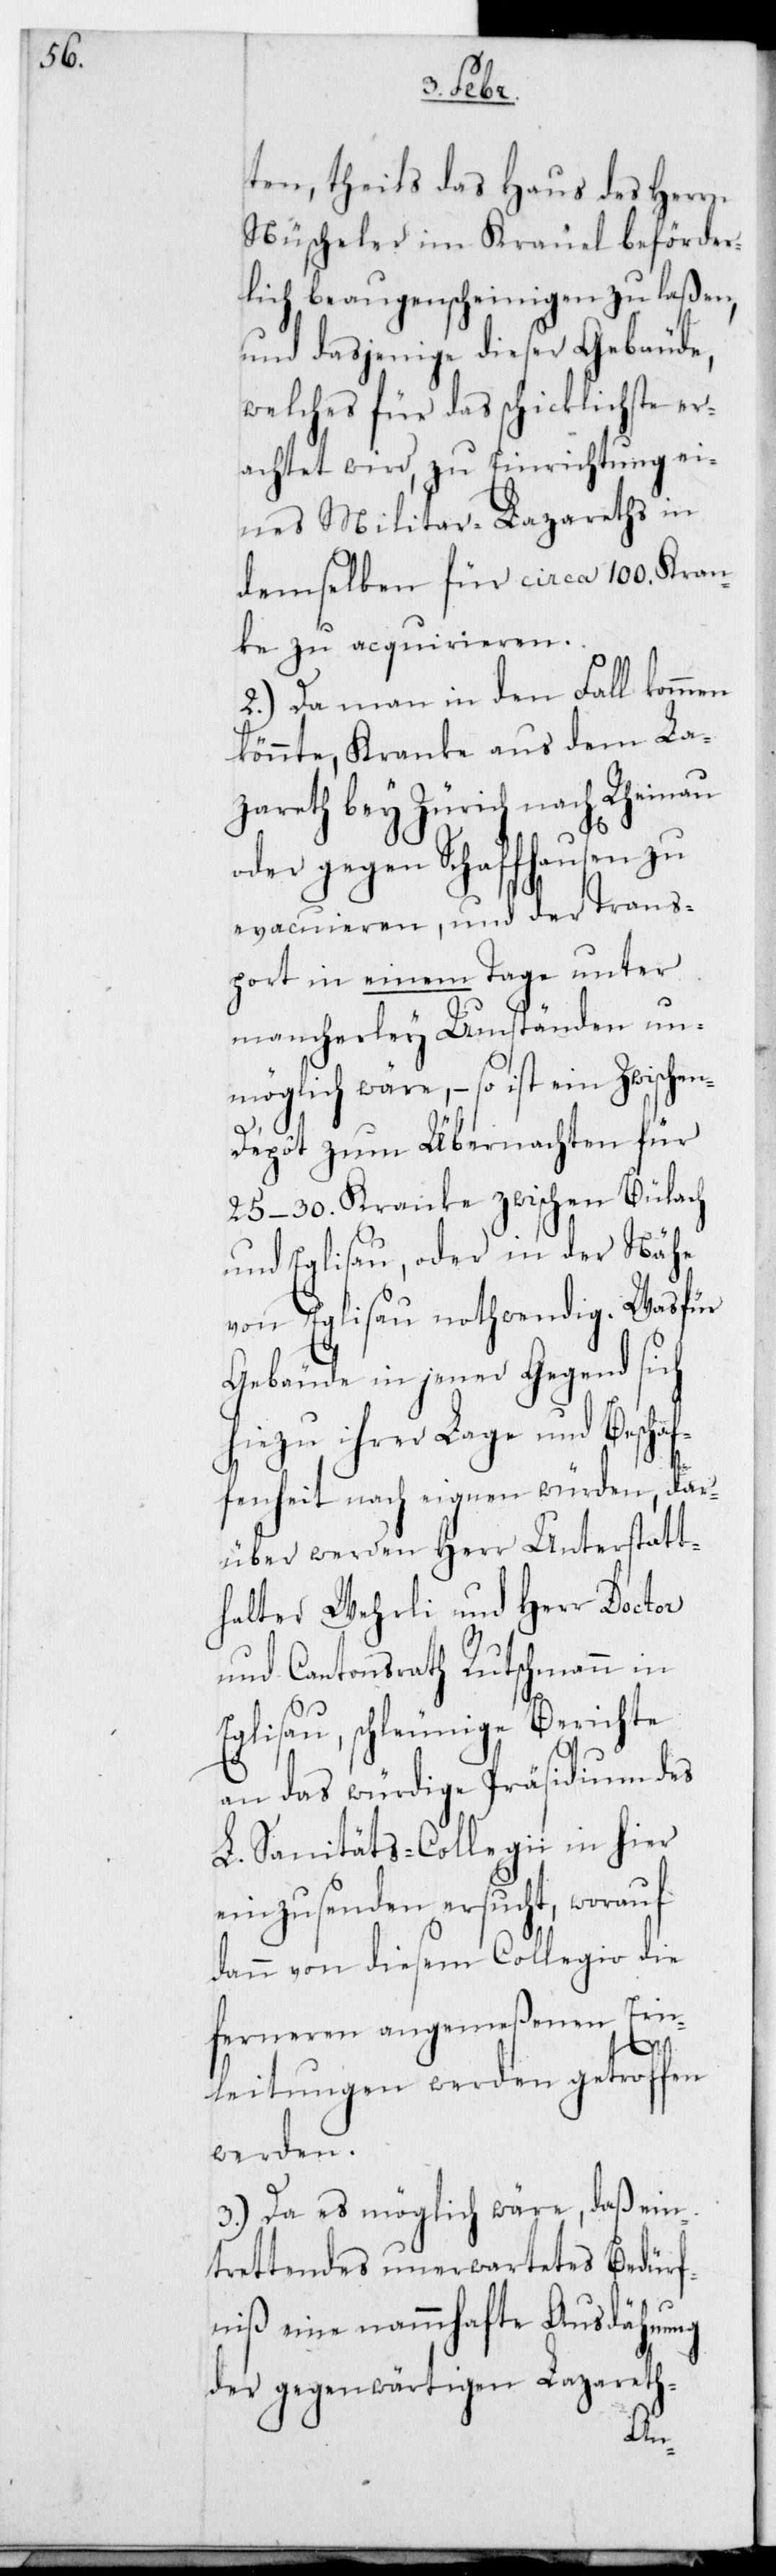
ten, theils das Haus des Herrn
Nüscheler im Kräuel beförder¬
lich beaugenscheinigen zu laßen,
und dasjenige dieser Gebäude,
welches für das schicklichste er¬
achtet wird, zu Einrichtung ei¬
nes Militar-Lazareths in
demselben für circa 100. Kran¬
ke zu acquirieren.
2.) Da man in den Fall kommen
könnte, Kranke aus dem La¬
zareth bey Zürich nach Rheinau
oder gegen Schaffhausen zu
evacuieren, und der Trans¬
port in einem Tage unter
mancherlei Umständen un¬
möglich wäre, – so ist ein Zwische¬
n-Dépôt zum Übernachten für
25–30. Kranke zwischen Bülach
und Eglisau, oder in der Nähe
von Eglisau nothwendig. Was für
Gebäude in jener Gegend sich
hiezu ihrer Lage und Beschaf¬
fenheit nach eignen würden, dar¬
über werden Herr Unterstatt¬
halter Wehrli und Herr Doctor
und Cantonsrath Rutschmann in
Eglisau, schleunige Berichte
an das würdige Präsidium des
L. Sanitäts-Collegii in hier
einzusenden ersucht, worauf
dann von diesem Collegio die
ferneren angemeßenen Ein¬
leitungen werden getroffen
werden.
3.) Da es möglich wäre, daß ein¬
trettendes unerwartetes Bedürf¬
niß eine nammhafte Ausdähnung
der gegenwärtigen Lazareth-